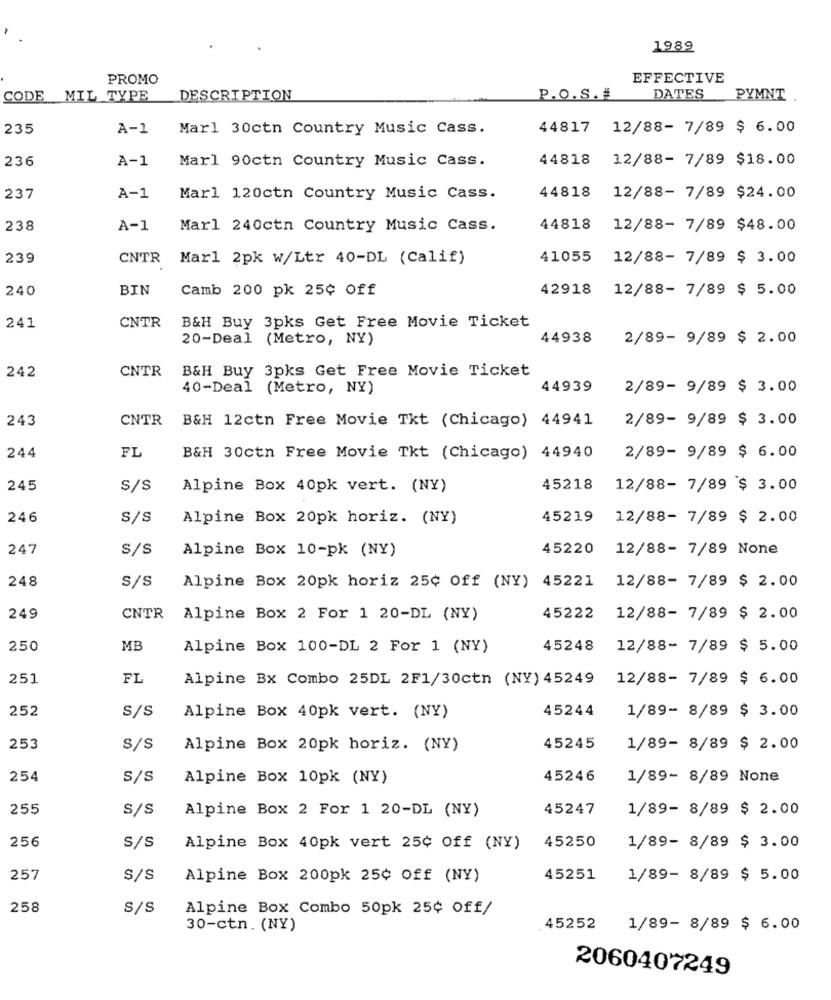
1989
PROMO
EFFECTIVE
CODE MIL TYPE
DESCRIPTION
P.O.S. #
DATES
PYMNT
235
A-1
Marl 30ctn Country Music Cass.
44817 12/88- 7/89 $ 6.00
236
A-1
Marl 90ctn Country Music Cass.
44818
12/88- 7/89 $18.00
44818
237
A-1
Marl 120ctn Country Music Cass.
12/88- 7/89 $24.00
238
A-1
Marl 240ctn Country Music Cass.
44818
12/88- 7/89 $48.00
239
CNTR
Marl 2pk W/Ltr 40-DL (Calif)
41055
12/88- 7/89 $ 3.00
240
BIN
Camb 200 pk 25¢ Off
42918
12/88- 7/89 $ 5.00
241
CNTR
B&H Buy 3pks Get Free Movie Ticket
20-Deal (Metro, NY)
44938
2/89- 9/89 $ 2.00
242
CNTR
B&H Buy 3pks Get Free Movie Ticket
40-Deal (Metro, NY)
44939
2/89- 9/89 $ 3.00
243
CNTR
B&H 12ctn Free Movie Tkt (Chicago) 44941
2/89- 9/89 $ 3.00
244
FL
B&H 30ctn Free Movie Tkt (Chicago) 44940
2/89- 9/89 $ 6.00
245
S/s
Alpine Box 40pk vert. (NY)
45218
12/88- 7/89 $ 3.00
246
S/S
Alpine Box 20pk horiz. (NY)
45219
12/88- 7/89 $ 2.00
247
S/s
Alpine Box 10-pk (NY)
45220
12/88- 7/89 None
248
S/S
Alpine Box 20pk horiz 25¢ Off (NY) 45221
12/88- 7/89 $ 2.00
249
CNTR
Alpine Box 2 For 1 20-DL (NY)
45222
12/88- 7/89 $ 2.00
250
MB
Alpine Box 100-DL 2 For 1 (NY)
45248
12/88- 7/89 $ 5.00
251
FL
Alpine Bx Combo 25DL 2F1/30ctn (NY) 45249
12/88- 7/89 $ 6.00
252
45244
1/89- 8/89 $ 3.00
S/S
Alpine Box 40pk vert. (NY)
253
S/s
Alpine Box 20pk horiz. (NY)
45245
1/89- 8/89 $ 2.00
254
S/s
Alpine Box 10pk (NY)
45246
1/89- 8/89 None
255
s/S
45247
1/89- 8/89 $ 2.00
Alpine Box 2 For 1 20-DL (NY)
256
45250
S/s
Alpine Box 40pk vert 25¢ Off (NY)
1/89- 8/89 $ 3.00
257
S/S
Alpine Box 200pk 25¢ Off (NY)
45251
1/89- 8/89 $ 5.00
258
S/S
Alpine Box Combo 50pk 25¢ Off/
30-ctn. (NY)
45252
1/89- 8/89 $ 6.00
2060407249